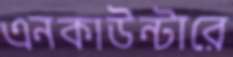
এনকাউন্টারে